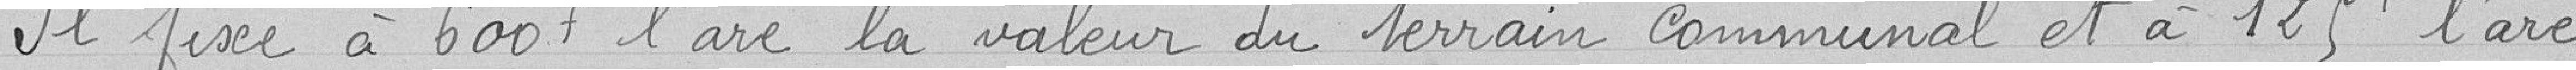
Il fixe à 600 francs l'are la valeur du terrain communal et à 125 francs l'are